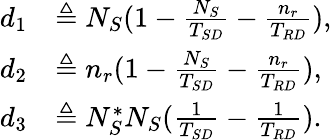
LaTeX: \begin{array}{rl}{d_{1}}&{\triangleq N_{S}(1-\frac{N_{S}}{T_{SD}}-\frac{n_{r}}{T_{RD}}),}\\ {d_{2}}&{\triangleq n_{r}(1-\frac{N_{S}}{T_{SD}}-\frac{n_{r}}{T_{RD}}),}\\ {d_{3}}&{\triangleq N_{S}^{\ast}N_{S}(\frac{1}{T_{SD}}-\frac{1}{T_{RD}}).}\end{array}